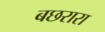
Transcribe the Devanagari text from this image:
बछरारा